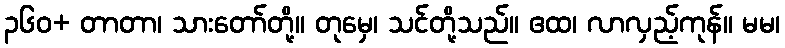
၃၆၀+ တာတာ၊ သားတော်တို့။ တုမှေ၊ သင်တို့သည်။ ဧထ၊ လာလှည့်ကုန်။ မမ၊